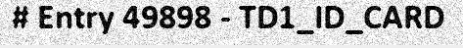
# Entry 49898 - TD1_ID_CARD